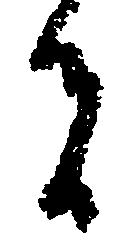
者